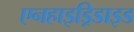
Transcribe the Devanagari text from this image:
एनहाइड्रिडाइड